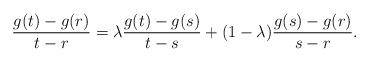
LaTeX: \begin{align*} \frac{g(t)-g(r)}{t-r}=\lambda \frac{g(t)-g(s)}{t-s}+(1-\lambda)\frac{g(s)-g(r)}{s-r} .\end{align*}